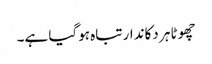
چھوٹا ہر دکاندار تباہ ہوگیا ہے۔